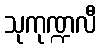
သုကုဏ္ဍလီ